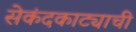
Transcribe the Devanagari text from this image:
सेकंदकाट्याची